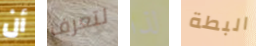
أن لتعرف لذا البطة